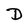
Character: D